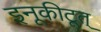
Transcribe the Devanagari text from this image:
इनूकीटूत्